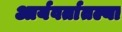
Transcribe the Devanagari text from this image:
आर्यवर्तातल्या